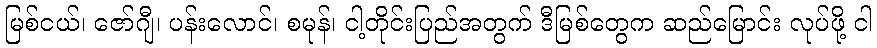
မြစ်ငယ်၊ ဇော်ဂျီ၊ ပန်းလောင်၊ စမုန်၊ ငါ့တိုင်းပြည်အတွက် ဒီမြစ်တွေက ဆည်မြောင်း လုပ်ဖို့ ငါ